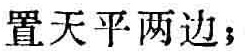
置天平两边；